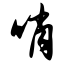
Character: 哨